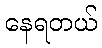
နေရတယ်